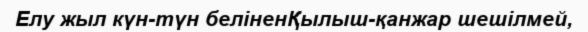
Елу жыл күн-түн беліненҚылыш-қанжар шешілмей,